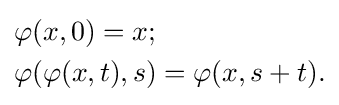
{\begin{aligned}&\varphi (x,0)=x;\\&\varphi (\varphi (x,t),s)=\varphi (x,s+t).\end{aligned}}